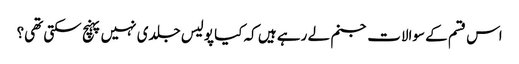
اس قسم کے سوالات جنم لے رہے ہیں کہ کیا پولیس جلدی نہیں پہنچ سکتی تھی؟